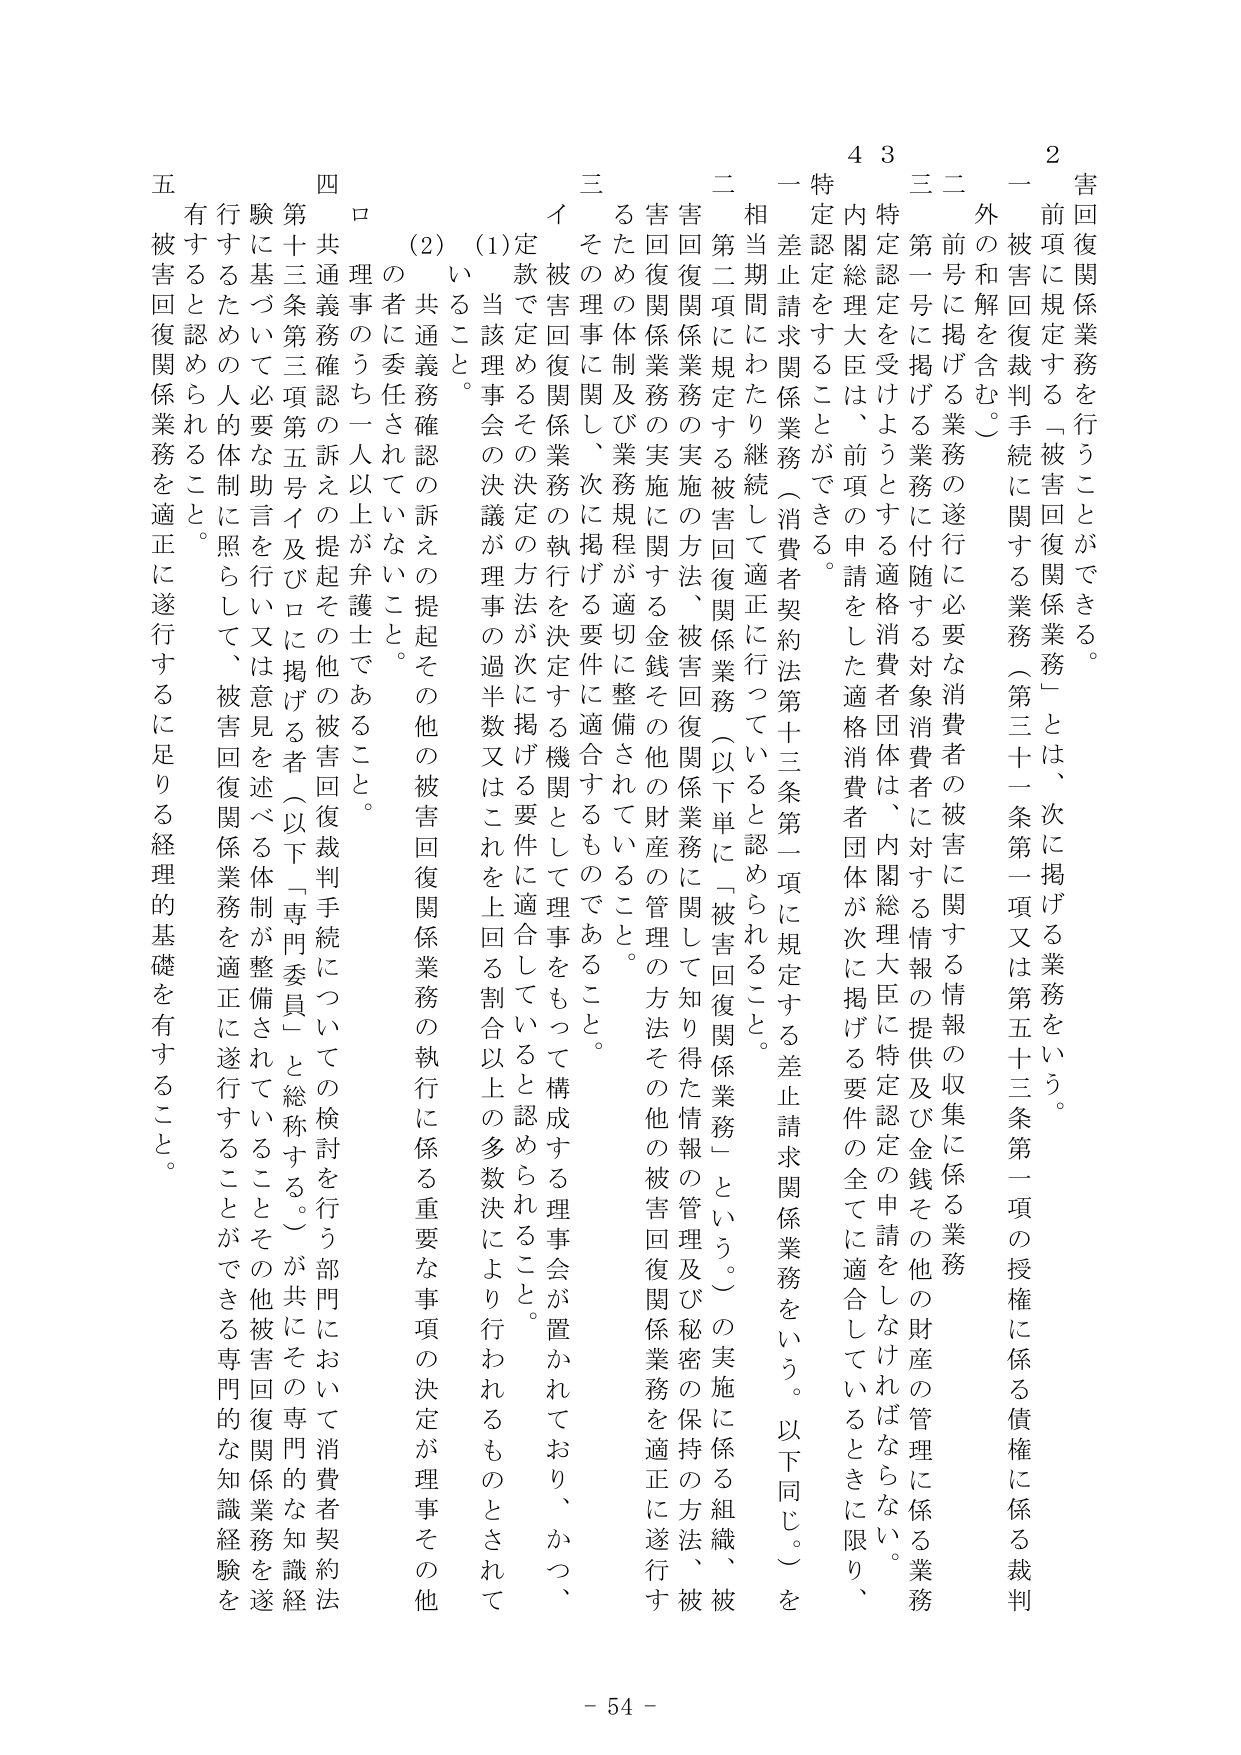
害回復関係業務を行うことができる。

２　前項に規定する「被害回復関係業務」とは、次に掲げる業務をいう。
　一　被害回復裁判手続に関する業務（第三十一条第一項又は第五十三条第一項の授権に係る債権に係る裁判外の和解を含む。）
　二　前号に掲げる業務の遂行に必要な消費者の被害に関する情報の収集に係る業務
　三　第一号に掲げる業務に付随する対象消費者に対する情報の提供及び金銭その他の財産の管理に係る業務

３　特定認定を受けるようとする適格消費者団体は、内閣総理大臣に特定認定の申請をしなければならない。

４　内閣総理大臣は、前項の申請をした適格消費者団体が次に掲げる要件の全てに適合しているときに限り、特定認定をすることができる。
　一　差止請求関係業務（消費者契約法第十三条第一項に規定する差止請求関係業務をいう。以下同じ。）を相当期間にわたり継続して適正に行っていると認められること。
　二　第二項に規定する被害回復関係業務（以下単に「被害回復関係業務」という。）の実施に係る組織、被害回復関係業務の実施の方法、被害回復関係業務に関して知り得た情報の管理及び秘密の保持の方法、被害回復関係業務の実施に関する金銭その他の財産の管理の方法その他の被害回復関係業務を適正に遂行するための体制及び業務規程が適切に整備されていること。
　三　その理事に関して、次に掲げる要件に適合するものであること。
　　イ　被害回復関係業務の執行を決定する機関として理事会をもって構成する理事会が置かれており、かつ、定款で定めるその決定の方法が次に掲げる要件に適合していると認められること。
　　　(1)　当該理事会の決議が理事の過半数又はこれを上回る割合以上の多数決により行われるものとされていること。
　　　(2)　共通義務確認の訴えの提起その他の被害回復関係業務の執行に係る重要な事項の決定が理事その他の者に委任されていないこと。
　　ロ　理事のうち一人以上が弁護士であること。
　四　共通義務確認の訴えの提起その他の被害回復裁判手続についての検討を行う部門において消費者契約法第十三条第三項第五号イ及びロに掲げる者（以下「専門委員」と総称する。）が共にその専門的な知識経験に基づいて必要な助言を行って又は意見を述べる体制が整備されていることその他被害回復関係業務を適正に遂行することができる専門的な知識経験を有すると認められること。
　五　被害回復関係業務を適正に遂行するに足りる経理的基礎を有すること。

- 54 -